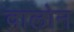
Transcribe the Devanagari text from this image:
वालोन